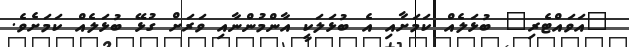
"އަވައްޓެރި" ބުޅަލެއް ކަމަށާއި އެ ބުޅަލަކީ އާންމުންނާއި ވަރަށް ގުޅޭ ބުޅަލެއް ކަމަށެވެ.